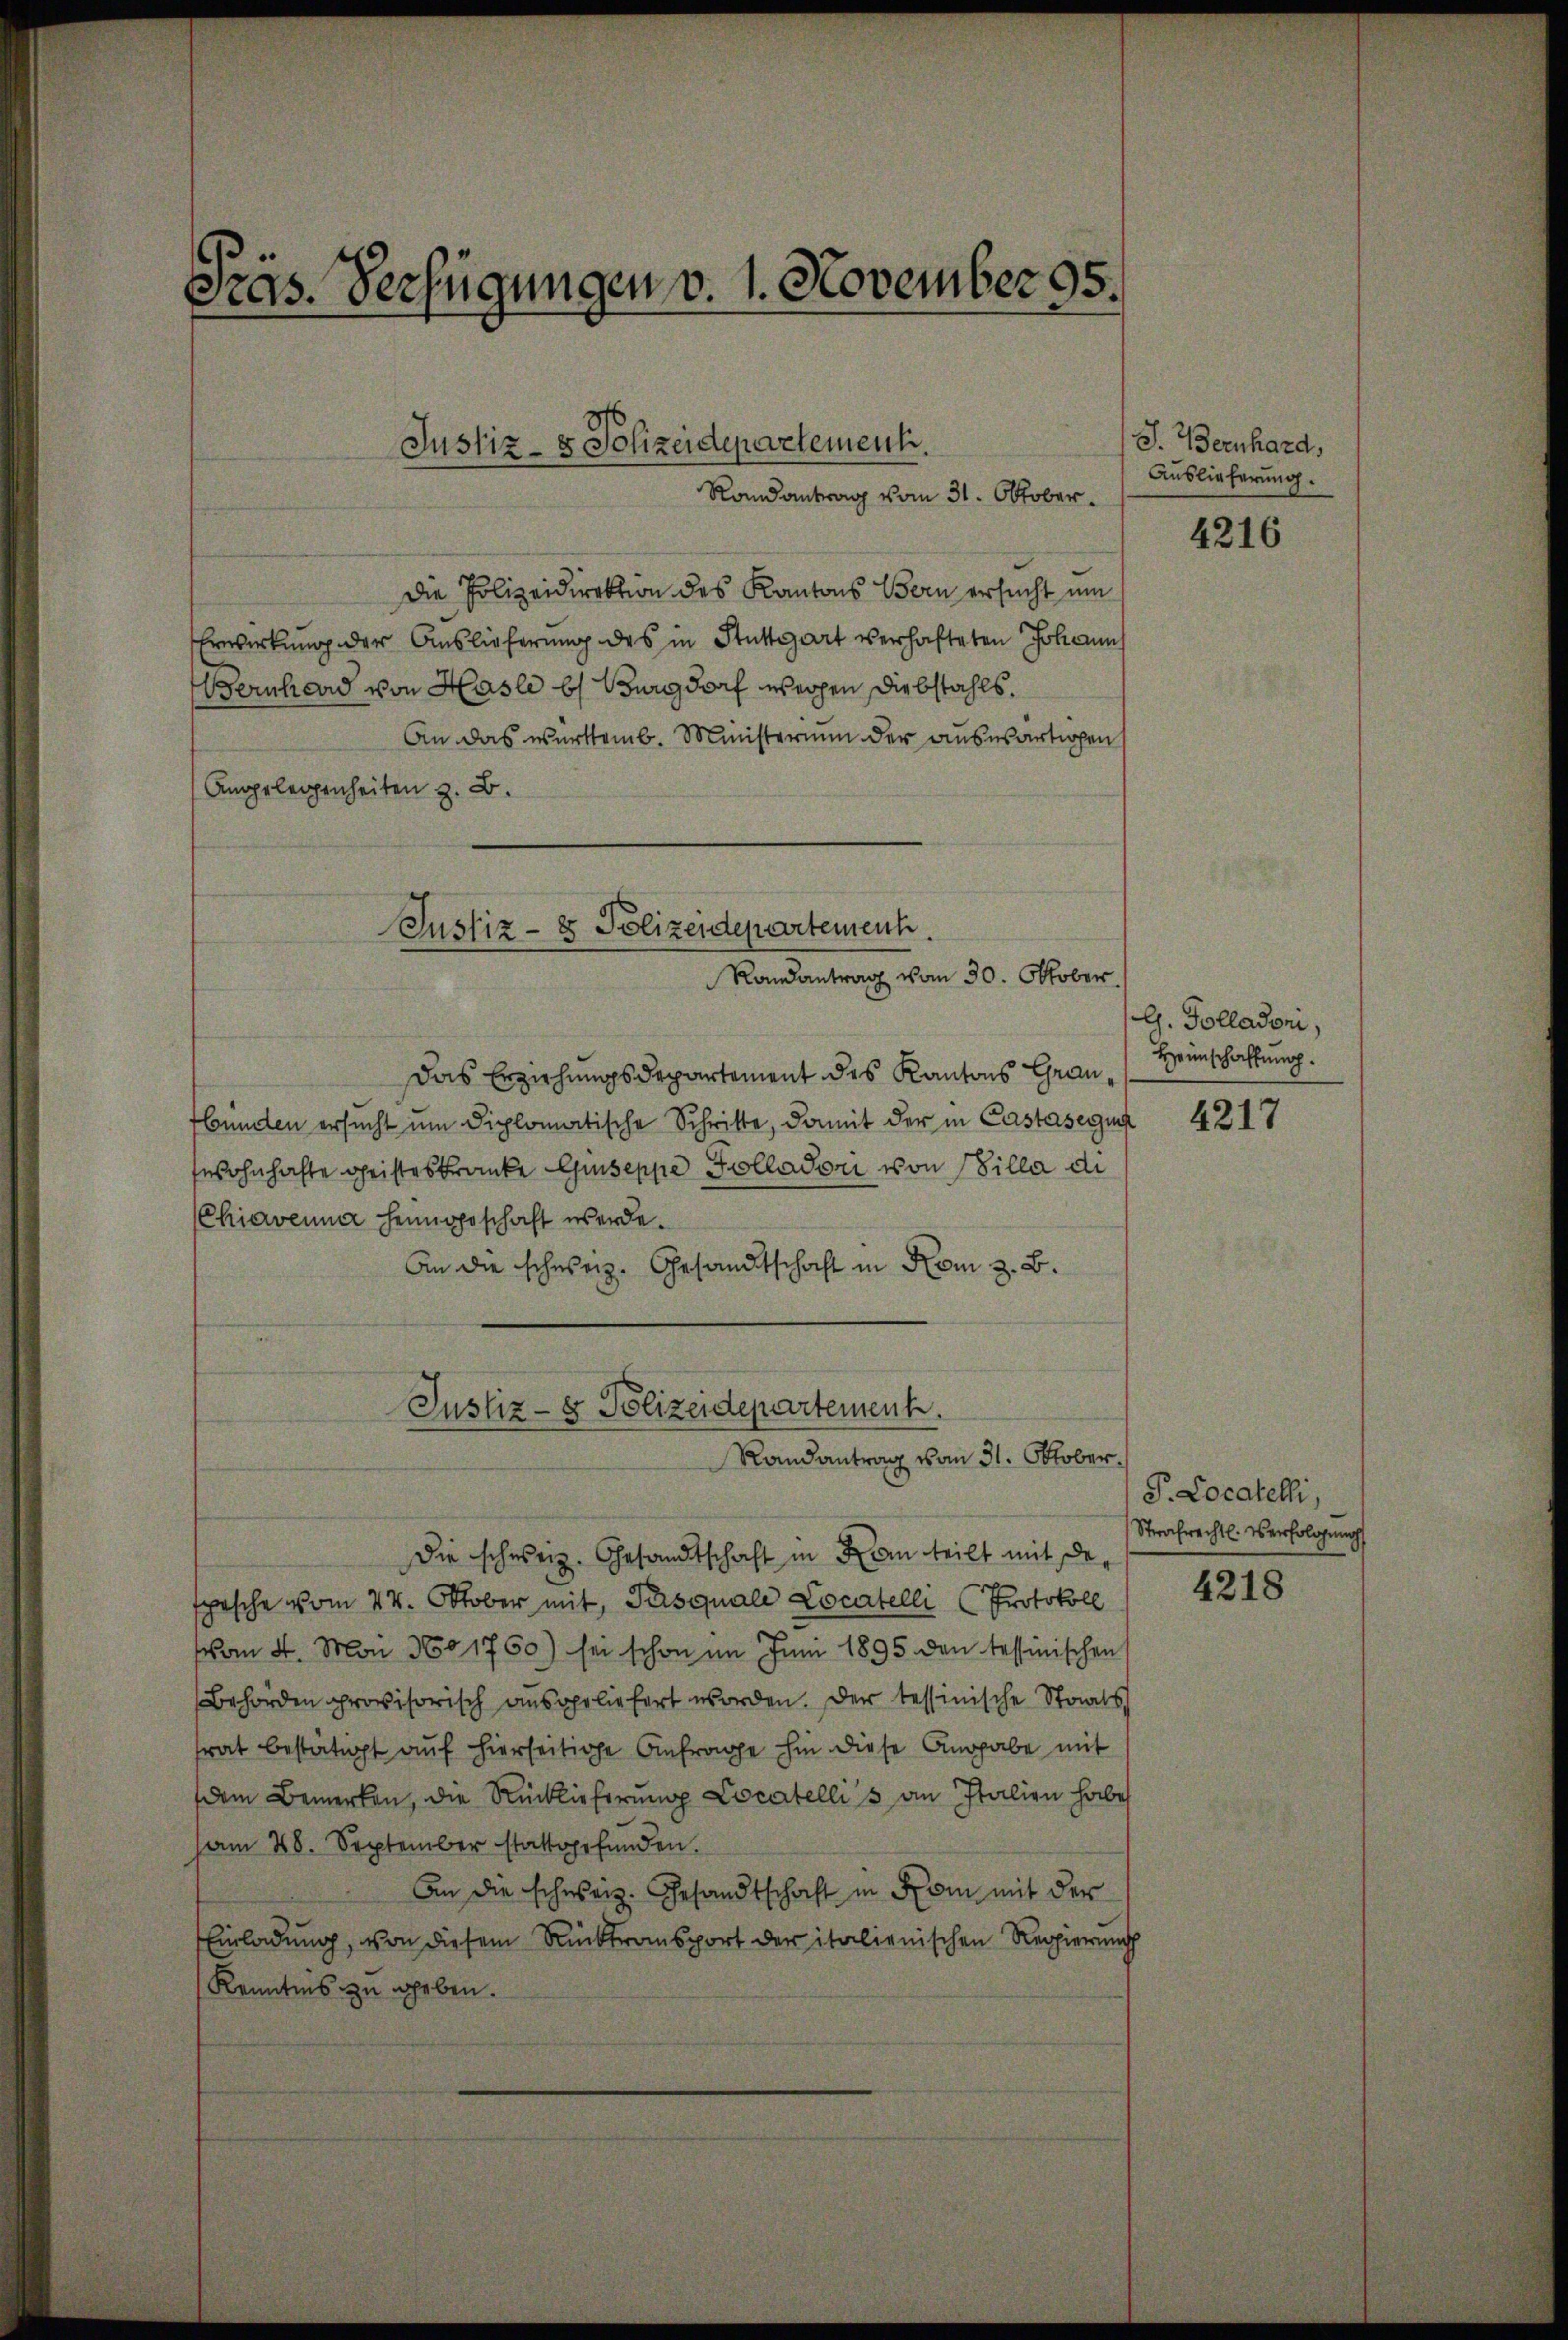
Pras. Verfügungen v. 1. November 95.

Justiz- & Polizeidepartement.
Randantrag vom 31. Oktober.

Die Polizeidirektion des Kantons Bern ersucht um
Erwirkung der Auslieferung des in Stuttgart verhafteten Johanns
Bernhard von Hasle b Burgdorf weigen Diebstahls,
An das württemb. Ministerium der auswärtigen
Angelegenheiten z. B.

Justiz- & Polizeidepartement.
Randantrag vom 30. Oktober.

Justiz- & Polizeidepartement.
Randantrag vom 31. Oktober.

Das Erziehungsdepartement des Kantons Graubunden ersucht um diplomatische Schritte, damit der in Castasegun
wohnhafte Geisteskranke Guiseppe Polladori von Villa di
Chiarvenna Heimgeschaft werde¬
An die schweiz. Gesandtschaft in Rom z. B.

Die schweiz. Gesandtschaft in Kann teilt mit de
spische vom 24. Oktober mit, Pasquali Locatelli (Protokoll
von 4. Man 360 1760) sei schon im Juni 1895 den tessinischen
Behörden provisorisch ausgeliefert worden. Der tessinische Staats
trat bestätigt aŭf hierseitige Anfrage hin diese Angabe mit
dem Bemerken, die Rücklieferung Cocatellis an Italien habe
am 28. September stattgefunden.
An die schweiz. Gesandtschaft in Rom mit der
Einladung, von diesem Rücktransport der italienischen Regierung
Kenntnis zu heben.

J. Bernhard,
Auslieferung.

4216

G. Golladoni,
Heimschaffung.

4217

P. Locatelli,
Strafrechtl. Verfolgung

4218